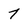
Character: 7